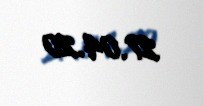
27.04.20